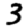
Digit: 3